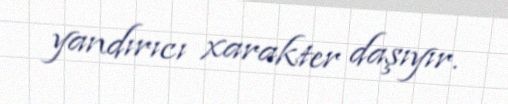
yandırıcı xarakter daşıyır.